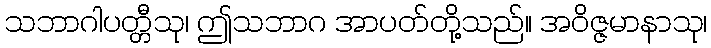
သဘာဂါပတ္တီသု၊ ဤသဘာဂ အာပတ်တို့သည်။ အဝိဇ္ဇမာနာသု၊